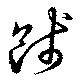
餞